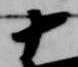
十